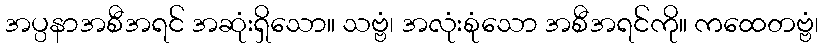
အပ္ပနာအစီအရင် အဆုံးရှိသော။ သဗ္ဗံ၊ အလုံးစုံသော အစီအရင်ကို။ ကထေတဗ္ဗံ၊